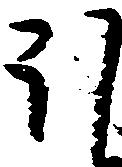
ほ